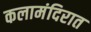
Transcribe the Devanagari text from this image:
कलामंदिरात